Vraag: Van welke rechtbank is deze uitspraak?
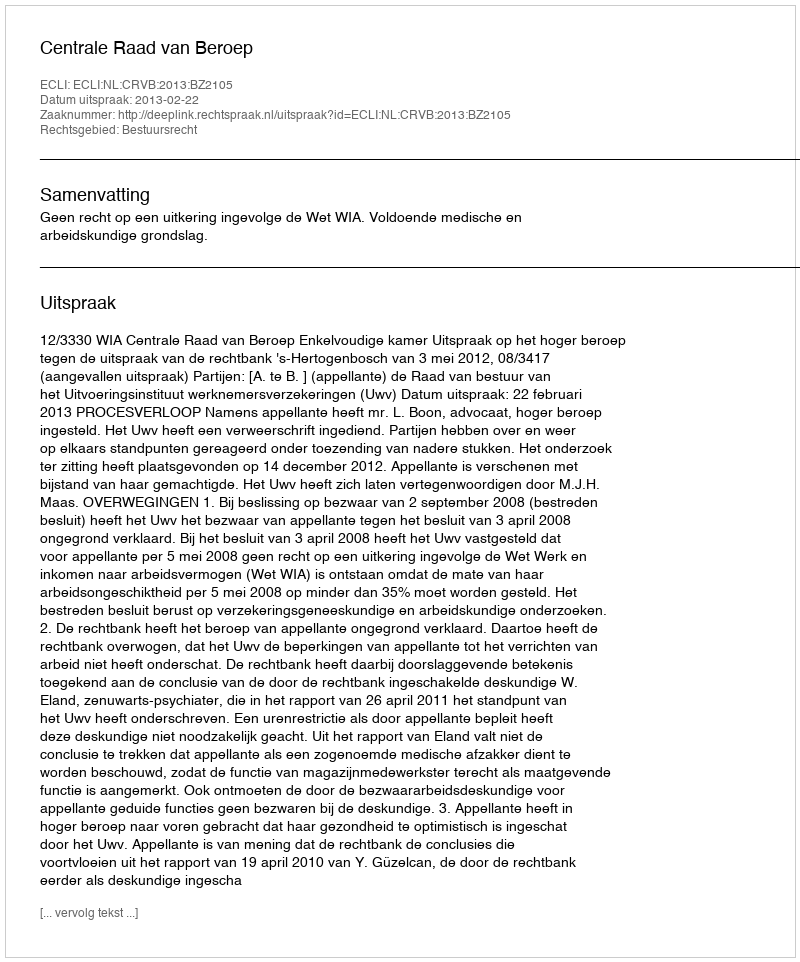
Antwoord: Centrale Raad van Beroep